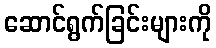
ဆောင်ရွက်ခြင်းများကို